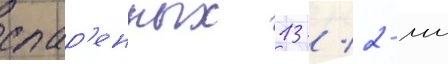
спар'енных 13 / 2-мм